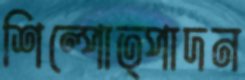
শিল্পোত্পাদন